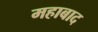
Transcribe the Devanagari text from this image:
महाबाद